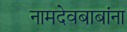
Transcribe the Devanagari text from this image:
नामदेवबाबांना